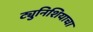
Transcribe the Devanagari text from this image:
ट्युनिशियाचा